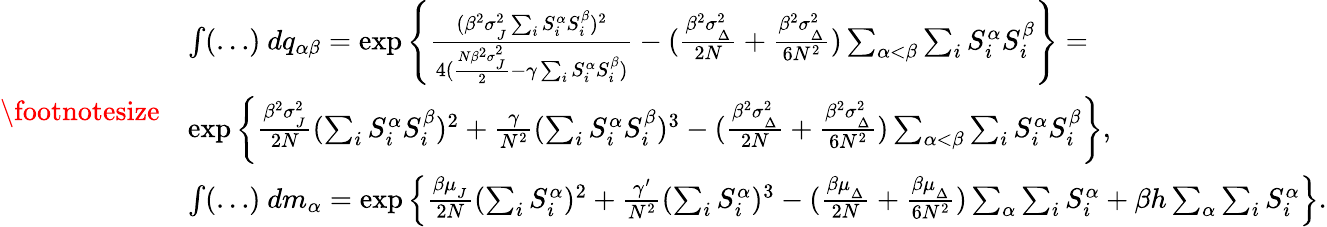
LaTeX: {\footnotesize\begin{array}{rl}&{\int(\dots)\ dq_{\alpha\beta}=\exp\left\{ \frac{(\beta^{2}\sigma_{_{J}}^{2}\sum_{i}S_{i}^{\alpha}S_{i}^{\beta})^{2}}{4(\frac{N\beta^{2}\sigma_{_{J}}^{2}}{2}-\gamma\sum_{i}S_{i}^{\alpha}S_{i}^{\beta})}-(\frac{\beta^{2}\sigma_{_{\Delta}}^{2}}{2N}+\frac{\beta^{2}\sigma_{_{\Delta}}^{2}}{6N^{2}})\sum_{\alpha<\beta}\sum_{i}S_{i}^{\alpha}S_{i}^{\beta}\right\} =}\\ &{\exp\left\{ \frac{\beta^{2}\sigma_{_{J}}^{2}}{2N}(\sum_{i}S_{i}^{\alpha}S_{i}^{\beta})^{2}+\frac{\gamma}{N^{2}}(\sum_{i}S_{i}^{\alpha}S_{i}^{\beta})^{3}-(\frac{\beta^{2}\sigma_{_{\Delta}}^{2}}{2N}+\frac{\beta^{2}\sigma_{_{\Delta}}^{2}}{6N^{2}})\sum_{\alpha<\beta}\sum_{i}S_{i}^{\alpha}S_{i}^{\beta}\right\} ,}\\ &{\int(\dots)\ dm_{\alpha}=\exp\left\{ \frac{\beta\mu_{_{J}}}{2N}(\sum_{i}S_{i}^{\alpha})^{2}+\frac{\gamma^{\prime}}{N^{2}}(\sum_{i}S_{i}^{\alpha})^{3}-(\frac{\beta\mu_{_{\Delta}}}{2N}+\frac{\beta\mu_{_{\Delta}}}{6N^{2}})\sum_{\alpha}\sum_{i}S_{i}^{\alpha}+\beta h\sum_{\alpha}\sum_{i}S_{i}^{\alpha}\right\} .}\end{array}}